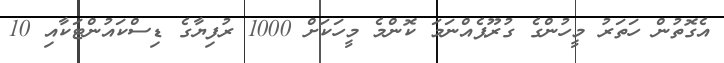
އެގޮތުން ހަތަރު މީހުންގެ ގުރޫޕެއްނަމަ ކޮންމެ މީހަކަށް 1000 ރުފިޔާގެ ޑިސްކައުންޓަކާއި 10